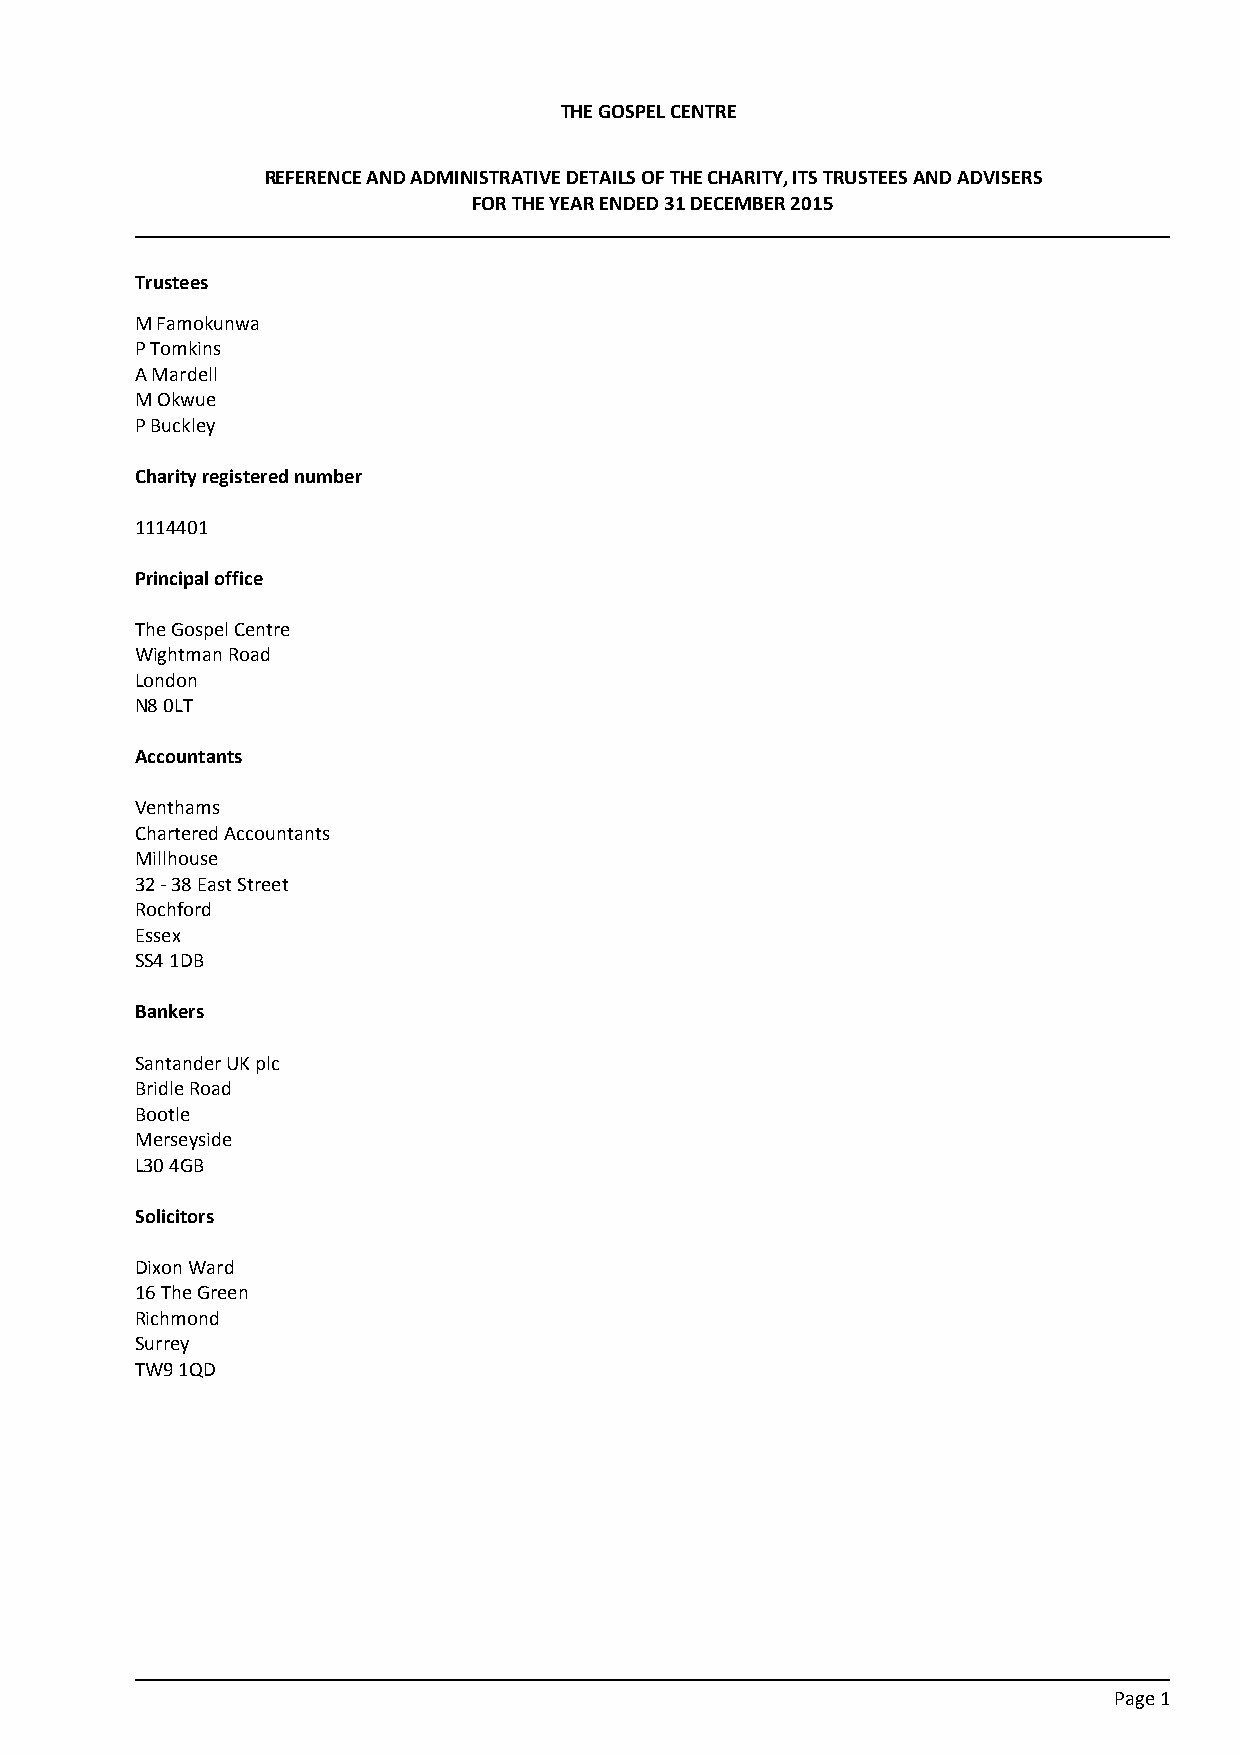
THE GOSPEL CENTRE
 REFERENCE AND ADMINISTRATIVE DETAILS OF THE CHARITY, ITS TRUSTEES AND ADVISERS
 FOR THE YEAR ENDED 31 DECEMBER 2015
 Trustees
 M Famokunwa
 P Tomkins
 A Mardell
 M Okwue
 P Buckley
 Charity registered number
 1114401
 Principal office
 The Gospel Centre
 Wightman Road
 London
 N8 0LT
 Accountants
 Venthams
 Chartered Accountants
 Millhouse
 32 - 38 East Street
 Rochford
 Essex
 SS4 1DB
 Bankers
 Santander UK plc
 Bridle Road
 Bootle
 Merseyside
 L30 4GB
 Solicitors
 Dixon Ward
 16 The Green
 Richmond
 Surrey
 TW9 1QD
 Page 1